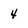
Character: 4